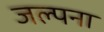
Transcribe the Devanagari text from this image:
जल्पना